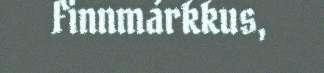
Finnmárkkus,